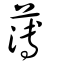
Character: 薄